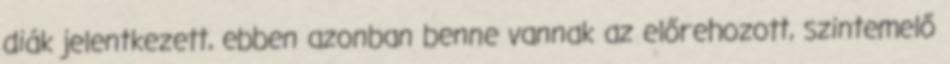
diák jelentkezett, ebben azonban benne vannak az előrehozott, szintemelő